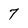
Character: 7